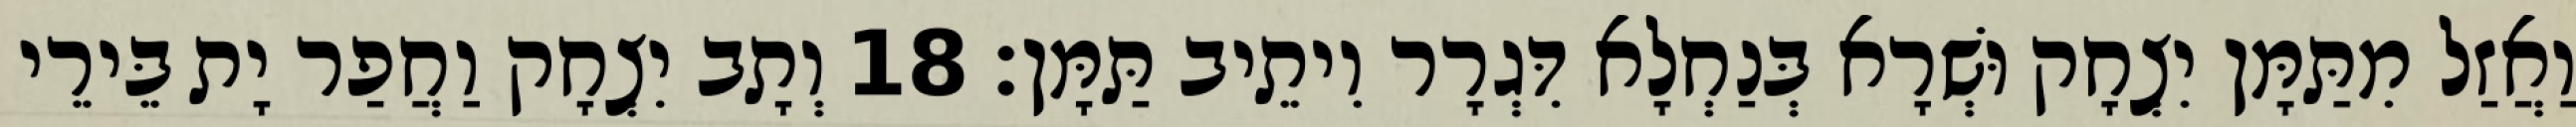
וַאֲזַל מִתַּמָּן יִצְחָק וּשְׁרָא בְּנַחְלָא דִּגְרָר וִיתֵיב תַּמָּן׃ 18 וְתָב יִצְחָק וַחֲפַר יָת בֵּירֵי